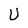
Character: U